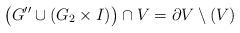
LaTeX: \begin{align*} \big(G''\cup (G_2\times I)\big) \cap V = \partial V\setminus(V) \end{align*}